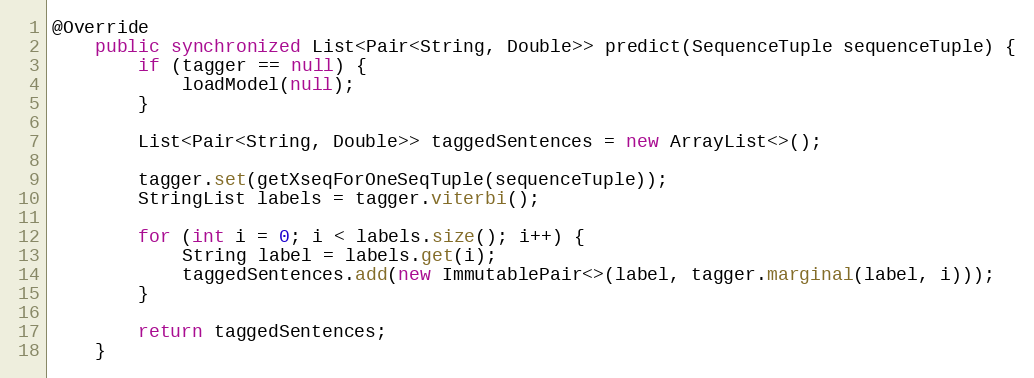
Language: Java
@Override
    public synchronized List<Pair<String, Double>> predict(SequenceTuple sequenceTuple) {
        if (tagger == null) {
            loadModel(null);
        }

        List<Pair<String, Double>> taggedSentences = new ArrayList<>();

        tagger.set(getXseqForOneSeqTuple(sequenceTuple));
        StringList labels = tagger.viterbi();

        for (int i = 0; i < labels.size(); i++) {
            String label = labels.get(i);
            taggedSentences.add(new ImmutablePair<>(label, tagger.marginal(label, i)));
        }

        return taggedSentences;
    }